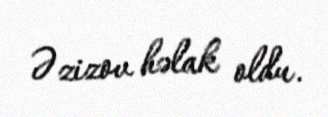
Əzizov həlak oldu.